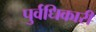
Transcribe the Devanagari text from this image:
पुर्वधिकारी